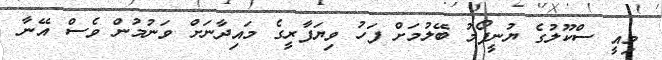
މިއީ ސްކޫލުގެ ޔުނީފޯމު ބޭލުމަށް ފަހު ވިޔަފާރީގެ މައިދާނަށް ވަނުމުން ވެސް އޭނާ